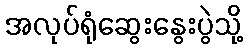
အလုပ်ရုံဆွေးနွေးပွဲသို့